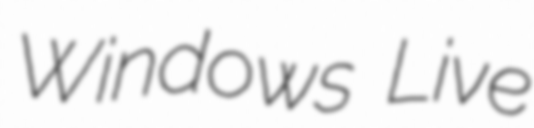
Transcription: Windows Live